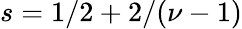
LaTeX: s=1/2+2/(\nu-1)